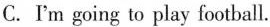
C.Im going to play football.